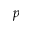
p